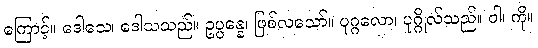
ကြောင့်။ ဒေါသေ၊ ဒေါသသည်။ ဥပ္ပန္နေ၊ ဖြစ်လသော်။ ပုဂ္ဂလော၊ ပုဂ္ဂိုလ်သည်။ ဝါ၊ ကို။